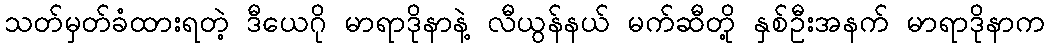
သတ်မှတ်ခံထားရတဲ့ ဒီယေဂို မာရာဒိုနာနဲ့ လီယွန်နယ် မက်ဆီတို့ နှစ်ဦးအနက် မာရာဒိုနာက